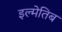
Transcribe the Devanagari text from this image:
इल्मेतिब